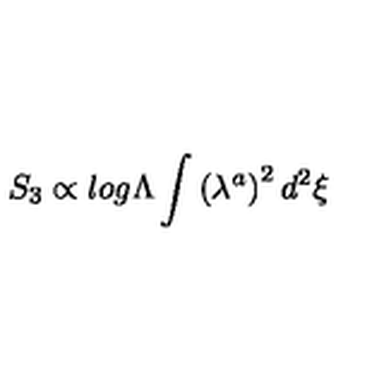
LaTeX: S _ { 3 } \propto l o g \Lambda \int { \left( \lambda ^ { a } \right) ^ { 2 } d ^ { 2 } \xi }